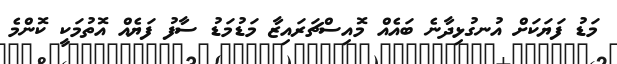
މަޑު ފަޔަކަށް އުނގުޅިދާނެ ބައެއް މޮއިސްޗަރައިޒާ މަޑުމަޑު ސާފު ފަޔެއް އޮތުމަކީ ކޮންމެ